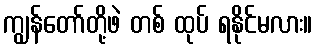
ကျွန်တော်တို့ဖဲ တစ် ထုပ် ရနိုင်မလား။